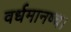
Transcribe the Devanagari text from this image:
वर्धमानष्च।